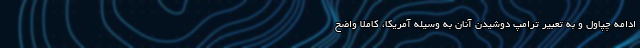
ادامه چپاول و به تعبیر ترامپ دوشیدن آنان به وسیله آمریکا، کاملا واضح